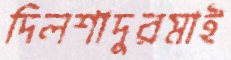
দিলশাদুরমাই